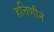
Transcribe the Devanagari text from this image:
हत्तिणीनं